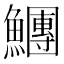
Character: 𩼯